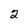
Character: 2